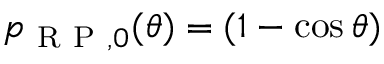
p _ { \mathrm { ~ R ~ P ~ } , 0 } ( \theta ) = ( 1 - \cos \theta )